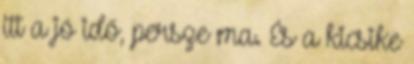
itt a jó idő, persze ma. És a kicsike